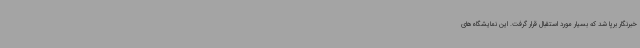
خبرنگار برپا شد که بسیار مورد استقبال قرار گرفت. این نمایشگاه‌های